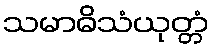
သမာဓိသံယုတ္တံ